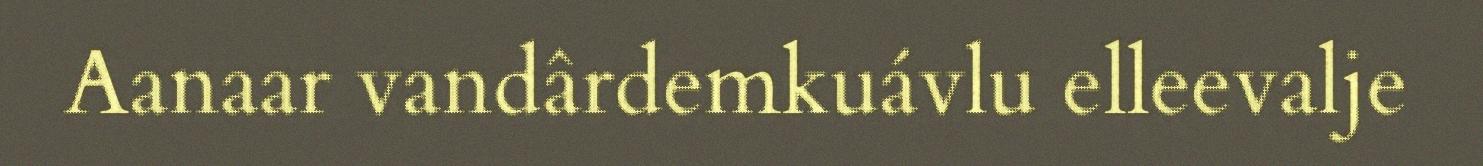
Aanaar vandârdemkuávlu elleevalje